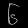
Digit: ၆